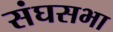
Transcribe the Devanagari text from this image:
संघसभा